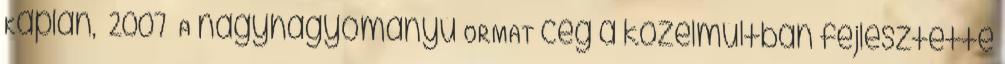
Kaplan, 2007 A nagyhagyományú ORMAT cég a közelmúltban fejlesztette